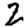
Digit: 2